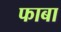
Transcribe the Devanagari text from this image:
फाबा